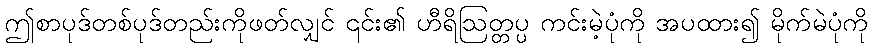
ဤစာပုဒ်တစ်ပုဒ်တည်းကိုဖတ်လျှင် ၎င်း၏ ဟီရိဩတ္တပ္ပ ကင်းမဲ့ပုံကို အပထား၍ မိုက်မဲပုံကို